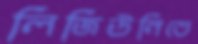
লিজিউনিতে